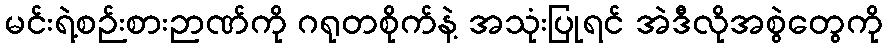
မင်းရဲ့စဉ်းစားဉာဏ်ကို ဂရုတစိုက်နဲ့ အသုံးပြုရင် အဲဒီလိုအစွဲတွေကို